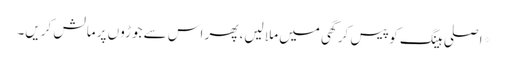
*اصلی ہینگ کو پیس کر گھی میں ملا لیں، پھر اس سے جوڑوں پر مالش کریں۔